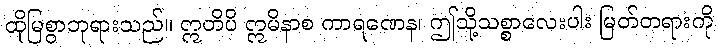
ထိုမြစွာဘုရားသည်။ ဣတိပိ ဣမိနာစ ကာရဏေန၊ ဤသို့သစ္စာလေးပါး မြတ်တရားကို